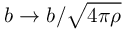
\boldsymbol { b } \rightarrow \boldsymbol { b } / \sqrt { 4 \pi \rho }